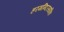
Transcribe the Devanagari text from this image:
हरमन्दिरसाहिब